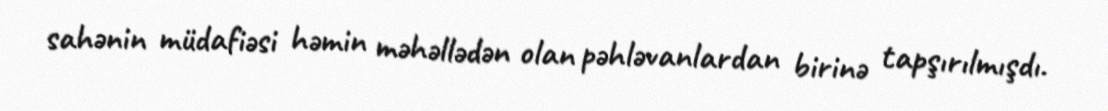
sahənin müdafiəsi həmin məhəllədən olan pəhləvanlardan birinə tapşırılmışdı.